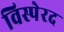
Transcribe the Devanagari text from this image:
विस्पेरद